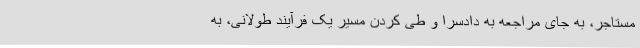
مستاجر، به جای مراجعه به دادسرا و طی کردن مسیر یک فرآیند طولانی، به